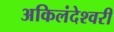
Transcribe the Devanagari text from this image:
अकिलंदेश्वरी